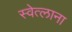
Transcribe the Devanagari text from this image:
स्वेत्लाना